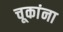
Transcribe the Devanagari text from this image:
चूकांना